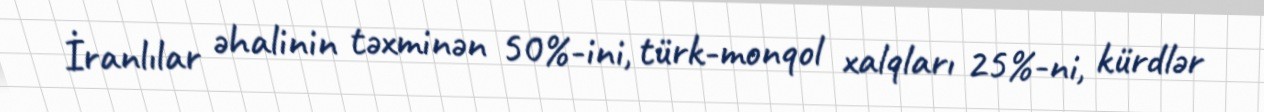
İranlılar əhalinin təxminən 50%-ini, türk-monqol xalqları 25%-ni, kürdlər